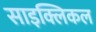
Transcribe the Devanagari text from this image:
साइक्लिकल